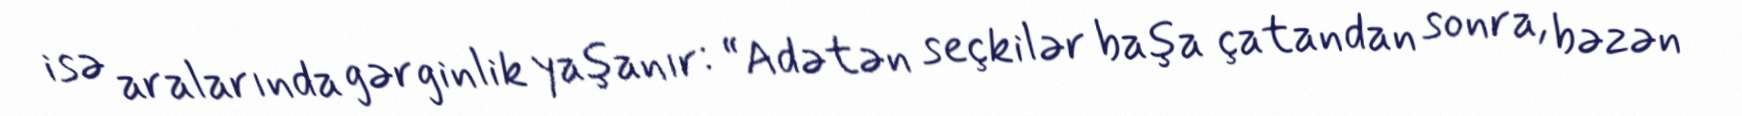
isə aralarında gərginlik yaşanır: “Adətən seçkilər başa çatandan sonra, bəzən